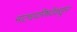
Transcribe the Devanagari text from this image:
नाट्यपरिषदेकडून